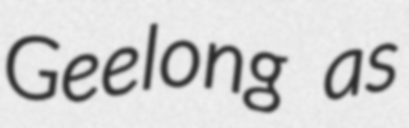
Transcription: Geelong as